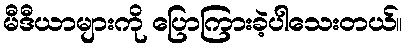
မီဒီယာများကို ပြောကြားခဲ့ပါသေးတယ်။